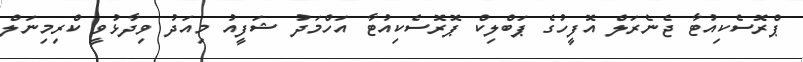
ޕްރޮސެކިއުޓާ ޖެނެރަލް އޮފީހުގެ ޕަބްލިކް ޕޮރޮސެކިއުޓާ އަހްމަދު ޝަފީއު މިއަދު ވިދާޅުވީ ކްރިމިނަލް